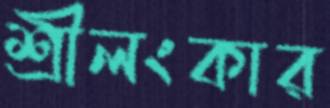
শ্রীলংকার